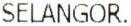
SELANGOR.